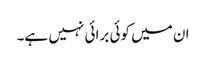
ان میں کوئی برائی نہیں ہے۔